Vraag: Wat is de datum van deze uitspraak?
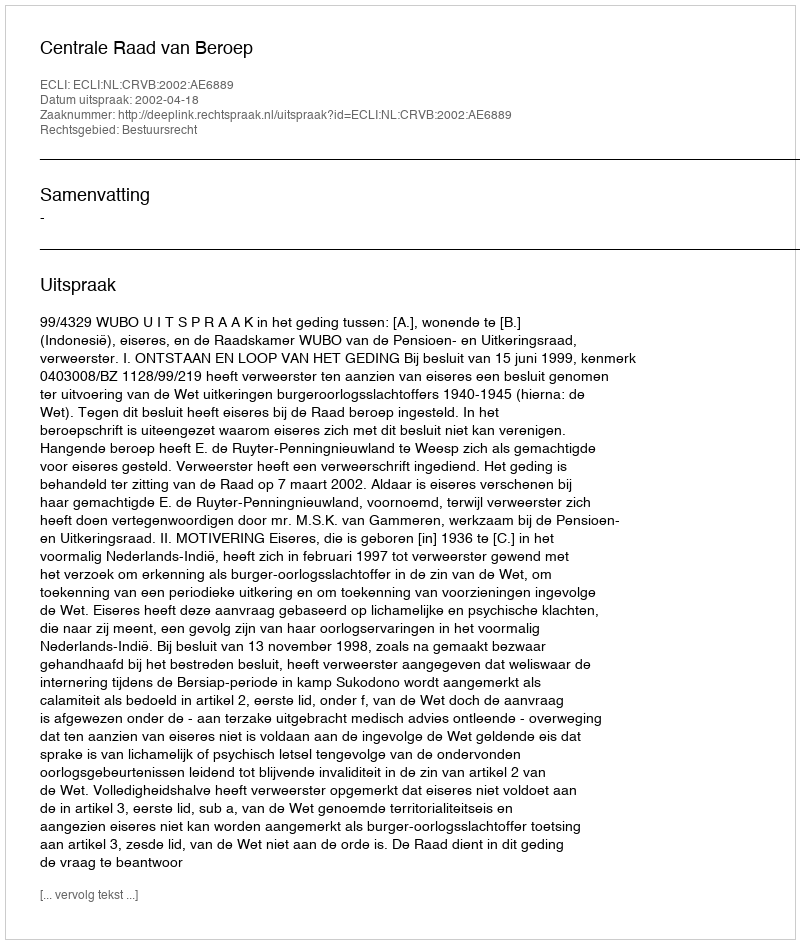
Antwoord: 2002-04-18